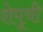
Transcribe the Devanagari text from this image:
शेपूची